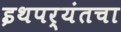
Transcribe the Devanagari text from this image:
इथपर्यंतचा